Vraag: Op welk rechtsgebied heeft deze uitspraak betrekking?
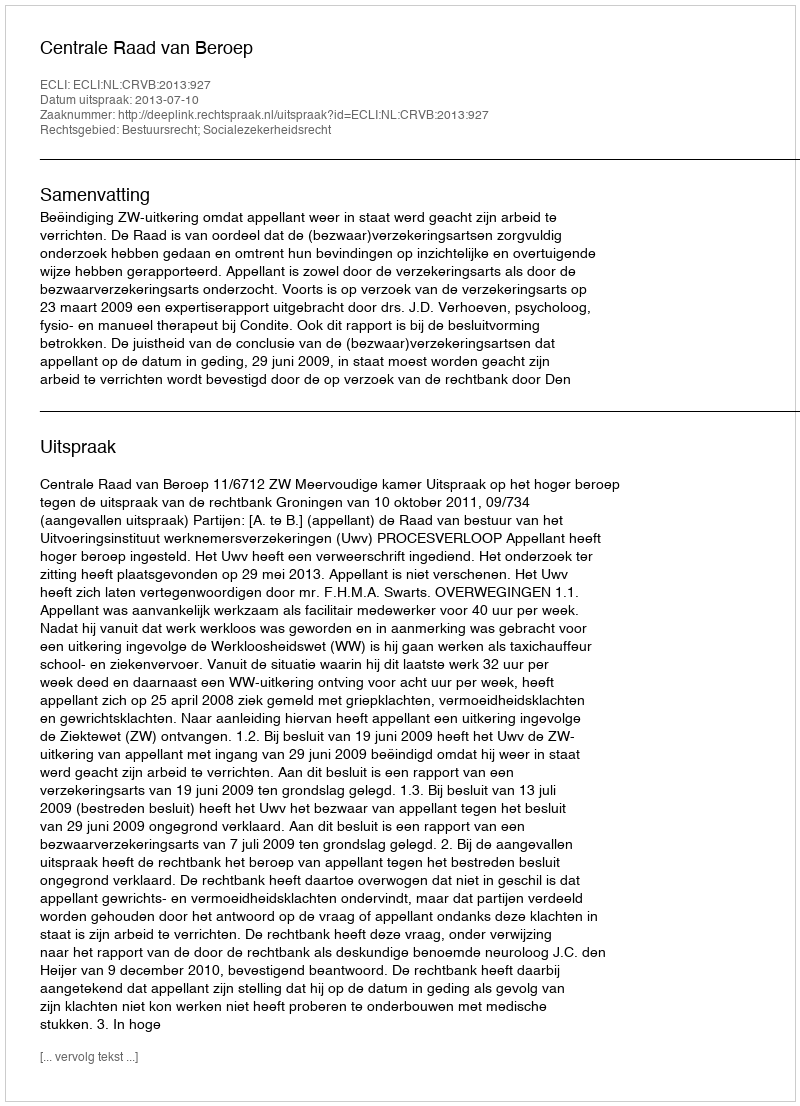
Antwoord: Bestuursrecht; Socialezekerheidsrecht